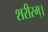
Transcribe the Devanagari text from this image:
शरीरम्।